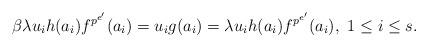
LaTeX: \begin{align*} \beta \lambda u_ih(a_i)f^{p^{e'}}(a_i)=u_ig(a_i)=\lambda u_i h(a_i)f^{p^{e'}}(a_i),\ 1\leq i\leq s.\end{align*}